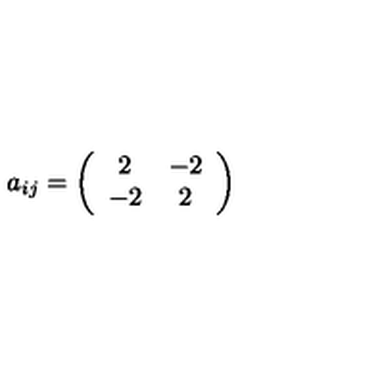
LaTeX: a _ { i j } = \left( \begin{array} { c c } { 2 } & { - 2 } \\ { - 2 } & { 2 } \\ \end{array} \right)